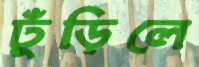
ঢুঁড়িলে